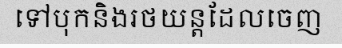
ទៅបុកនិងរថយន្តដែលចេញ